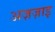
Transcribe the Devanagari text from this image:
अज़ज़ाइ